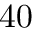
4 0